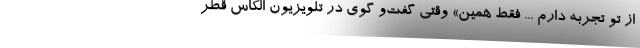
از تو تجربه دارم ... فقط همين» وقتی گفت‌و گوی در تلویزیون الکاس قطر